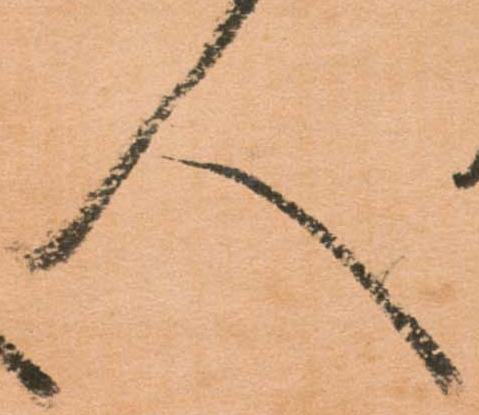
人